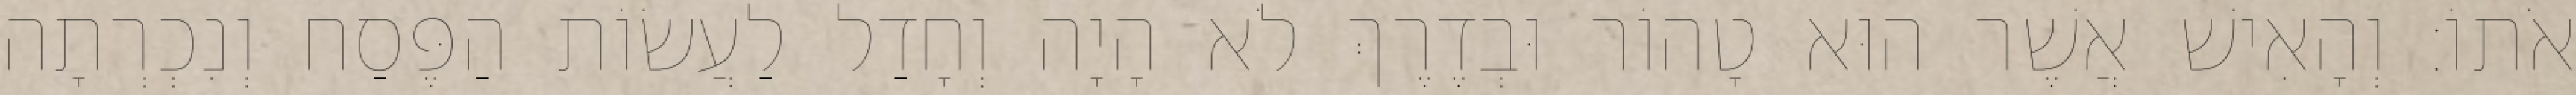
אֹתוֹ׃ וְהָאִישׁ אֲשֶׁר הוּא טָהוֹר וּבְדֶרֶךְ לֹא הָיָה וְחָדַל לַעֲשׂוֹת הַפֶּסַח וְנִכְרְתָה